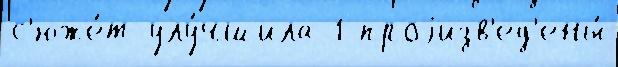
с'юже́т улу́чшила 1 проjизв'ед'ены́